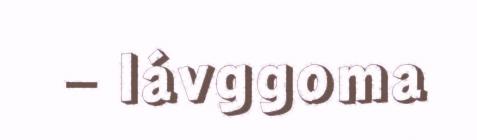
– lávggoma